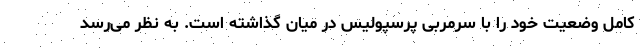
کامل وضعیت خود را با سرمربی پرسپولیس در میان گذاشته است. به نظر می‌رسد